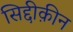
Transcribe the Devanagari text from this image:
सिद्दीक़ीन